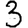
Digit: 3